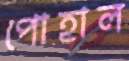
পোহাল